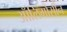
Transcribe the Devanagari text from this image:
ऑलिगोसीन